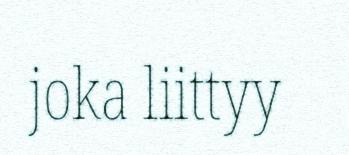
joka liittyy